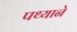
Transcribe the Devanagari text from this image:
पथ्याने